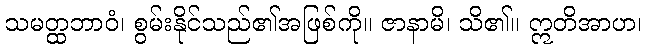
သမတ္ထဘာဝံ၊ စွမ်းနိုင်သည်၏အဖြစ်ကို။ ဇာနာမိ၊ သိ၏။ ဣတိအာဟ၊